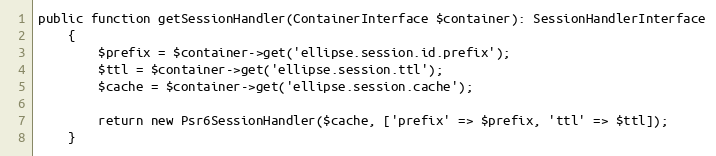
Language: PHP
public function getSessionHandler(ContainerInterface $container): SessionHandlerInterface
    {
        $prefix = $container->get('ellipse.session.id.prefix');
        $ttl = $container->get('ellipse.session.ttl');
        $cache = $container->get('ellipse.session.cache');

        return new Psr6SessionHandler($cache, ['prefix' => $prefix, 'ttl' => $ttl]);
    }